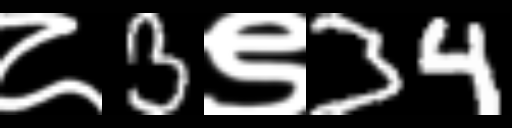
Text: ८3९34